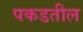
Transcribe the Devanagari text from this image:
पकडतील